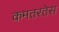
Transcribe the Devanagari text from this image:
कमतरतेस